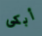
أبكى